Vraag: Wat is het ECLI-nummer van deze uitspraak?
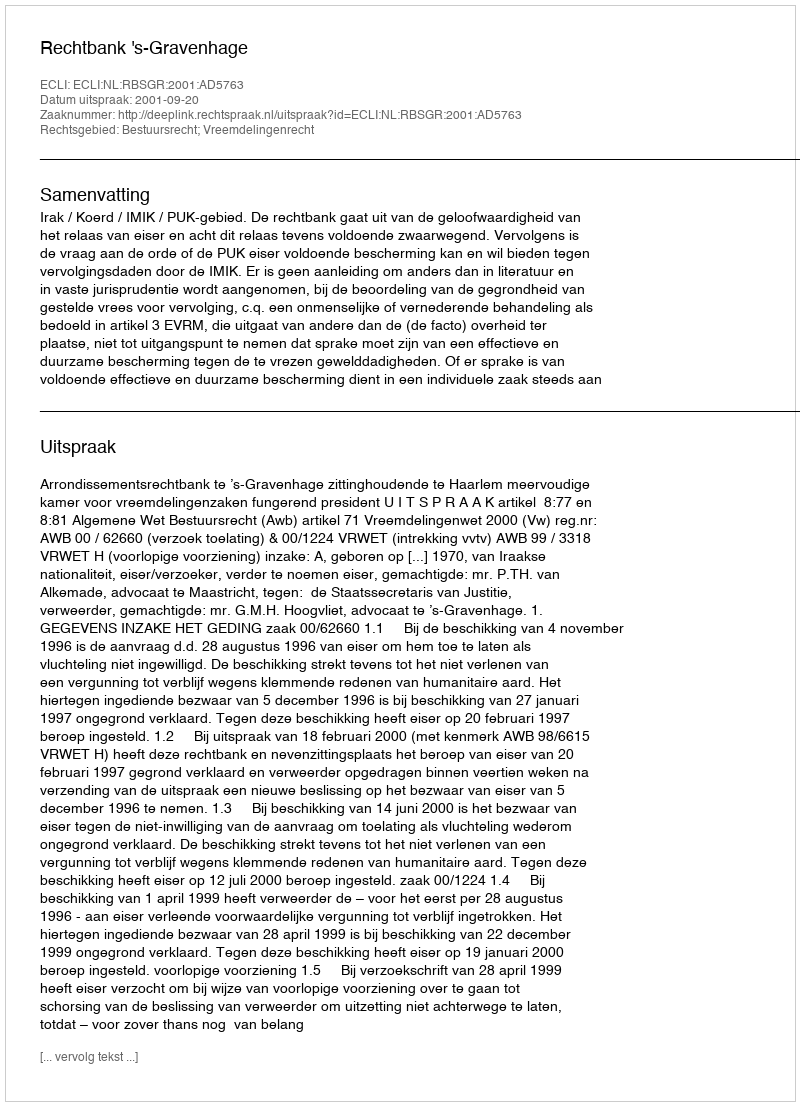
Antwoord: ECLI:NL:RBSGR:2001:AD5763